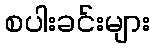
စပါးခင်းများ